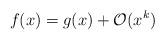
LaTeX: \begin{align*}f(x)=g(x)+\mathcal{O}(x^k)\end{align*}